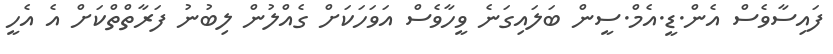
ފައިސާވެސް އެން.ޑީ.އެމް.ސީން ބަލައިގަނެ ވީހާވެސް އަވަހަކަށް ގެއްލުން ލިބުނު ފަރާތްތްކަށް އެ އެހީ